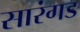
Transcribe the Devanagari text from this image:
सारंगड